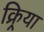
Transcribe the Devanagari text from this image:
क्र्रिया